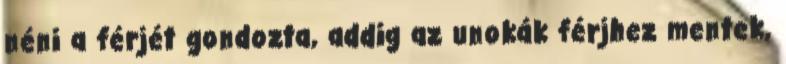
néni a férjét gondozta, addig az unokák férjhez mentek,